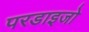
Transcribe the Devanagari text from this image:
परडाइजो